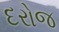
દરોજ